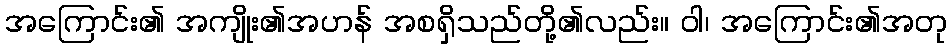
အကြောင်း၏ အကျိုး၏အဟန် အစရှိသည်တို့၏လည်း။ ဝါ၊ အကြောင်း၏အတု